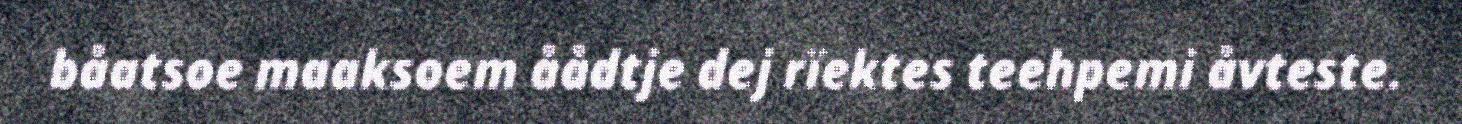
båatsoe maaksoem åådtje dej rïektes teehpemi åvteste.